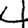
Digit: 4